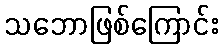
သဘောဖြစ်ကြောင်း